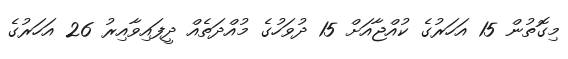
މިގޮތުން 15 އަހަރުގެ ކުއްޖާއަށް 15 ދުވަހުގެ މުއްދަތެއް ދީފައިވާއިރު 26 އަހަރުގެ